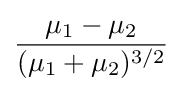
{\frac {\mu _{1}-\mu _{2}}{(\mu _{1}+\mu _{2})^{3/2}}}